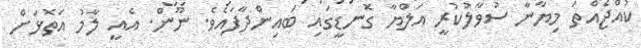
ކުއްޖެއްތަ މިޔާނާ ސުވާލުކުރީ އަލްޔާ ގޮނޑީގައި ބައިންދާފައެވެ. ނޫން. އެއީ ލާމު އަތޮޅަށް